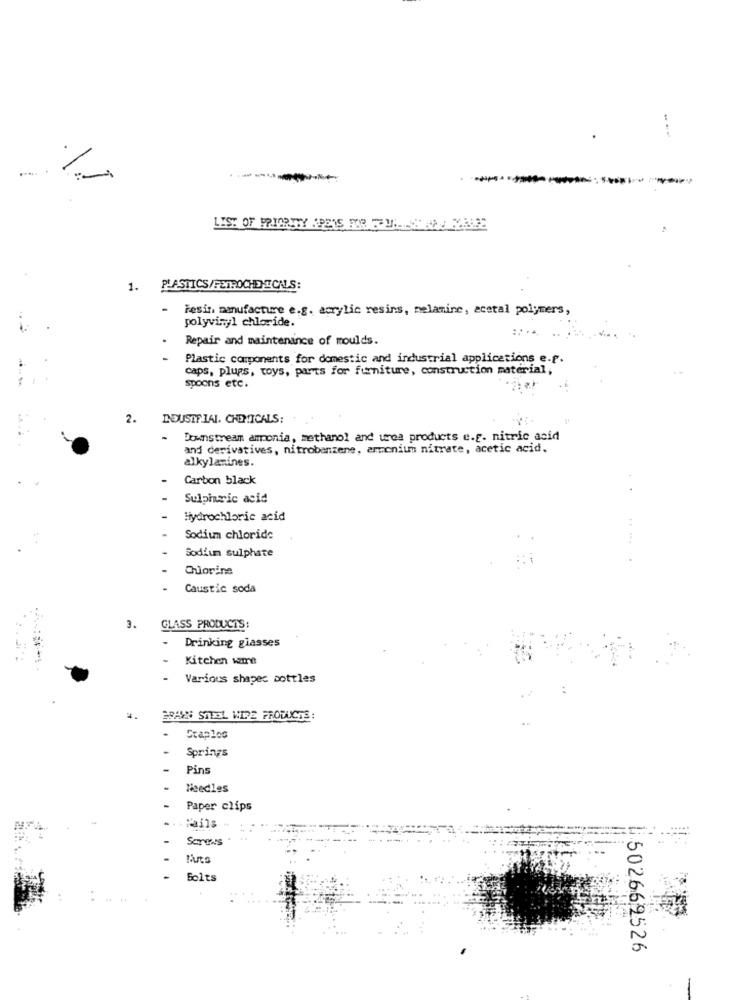
--
1
------
LIST OF PRIORITY PETS FOR FULLLA PLAGE
1. PLASTICS/PETROCHEMICALS:
-
Fesir, manufacture e.g. acrylic resins, melamine, acetal polymers,
polyvinyl chloride."
Repair and maintenance of moulds.
Plastic components for domestic and industrial applications e.f.
caps, plugs, toys, parts for furniture, construction material;
spoons etc.
2.
DDUSIF 1AL. CHEMICALS:
Downstream ammonia, methanol and urea products e.f. nitric acid
and derivatives, nitrobenzene, ammonium nitrate, acetic acid.
alkylanines.
Carbon black
Sulphurric acid
Hydrochloric acid
Sodium chloride
Sodium sulphate
Chlorine
Caustic soda
3.
GLASS PRODUCTS:
Drinking glasses
Kitchen ware
Various shapes sottles
BRAWN STEEL WIRE PRODUCTS:
.
Craplos
Springs
Pins
Needles
Paper clips
. Rails
Screw's
Nuts
Solts
1502669526